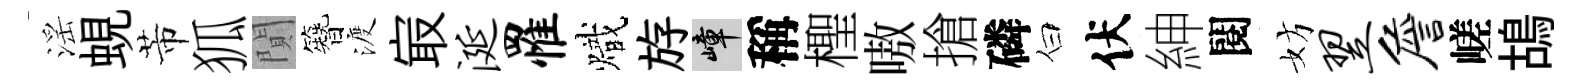
滛蜆芾狐閴簪渡㝡涎罹熾斿嶂稱檉嗷搶磷白伏紳閱妨翌詹嵯鴣